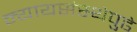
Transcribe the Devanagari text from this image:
न्यायसंस्थेपुढे